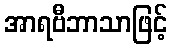
အာရဗီဘာသာဖြင့်